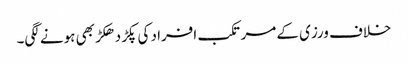
خلاف ورزی کے مرتکب افراد کی پکڑ دھکڑ بھی ہونے لگی۔